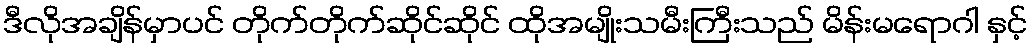
ဒီလိုအချိန်မှာပင် တိုက်တိုက်ဆိုင်ဆိုင် ထိုအမျိုးသမီးကြီးသည် မိန်းမရောဂါ နှင့်